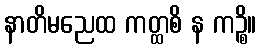
နာတိမညေထ ကတ္ထစိ န ကဉ္စိ။